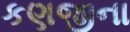
કણજીના